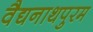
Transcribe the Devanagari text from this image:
वैद्यनाथपुरम